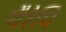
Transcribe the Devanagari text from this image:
थैरेपि